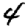
Digit: 4